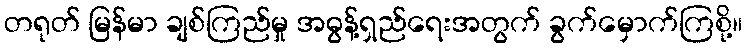
တရုတ် မြန်မာ ချစ်ကြည်မှု အဓွန့်ရှည်ရေးအတွက် ခွက်မှောက်ကြစို့။